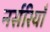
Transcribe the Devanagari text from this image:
नर्सरियाँ